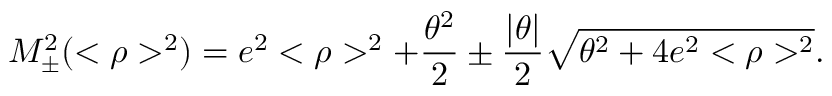
M _ { \pm } ^ { 2 } ( < \rho > ^ { 2 } ) = e ^ { 2 } < \rho > ^ { 2 } + \frac { \theta ^ { 2 } } { 2 } \pm \frac { | \theta | } { 2 } \sqrt { \theta ^ { 2 } + 4 e ^ { 2 } < \rho > ^ { 2 } } .